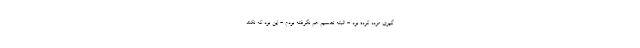
گیری مردّد کرده بود - البته تصمیم هم نگرفته بودم - این بود که نکند